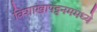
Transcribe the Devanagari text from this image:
विशाखापट्टनममध्ये